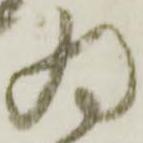
為